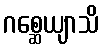
ဂစ္ဆေယျာသိ